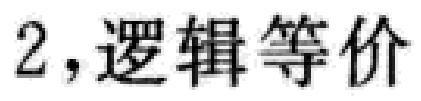
2，逻辑等价